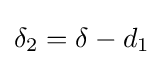
\delta _{2}=\delta -d_{1}